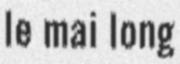
le mai long